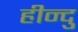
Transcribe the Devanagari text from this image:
हीन्दु